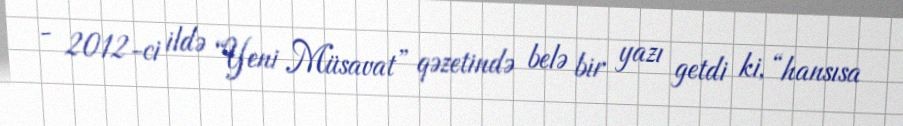
- 2012-ci ildə “Yeni Müsavat” qəzetində belə bir yazı getdi ki, “hansısa